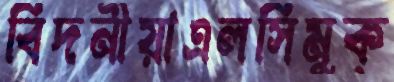
বিদনীয়াএলসিমুক্